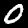
Digit: 0